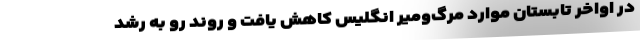
در اواخر تابستان موارد مرگ‌‌ومیر انگلیس کاهش یافت و روند رو به رشد